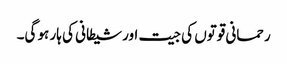
رحمانی قوتوں کی جیت اورشیطانی کی ہار ہو گی۔